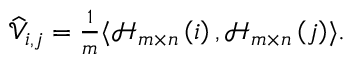
\begin{array} { r } { \widehat { \mathcal { V } } _ { i , j } = \frac { 1 } { m } \langle \mathcal { H } _ { m \times n } \left( i \right) , \mathcal { H } _ { m \times n } \left( j \right) \rangle . } \end{array}